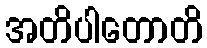
အတိပါတောတိ